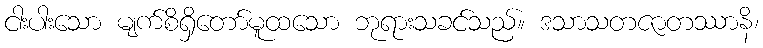
ငါးပါးသော မျက်စိရှိတော်မူထသော ဘုရားသခင်သည်။ ဒသာသတဇာတဿာနိ၊